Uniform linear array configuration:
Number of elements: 64
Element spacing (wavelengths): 0.75
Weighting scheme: exponential
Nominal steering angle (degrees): -30
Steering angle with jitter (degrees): -31.293
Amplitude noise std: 0.05
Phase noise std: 0.05

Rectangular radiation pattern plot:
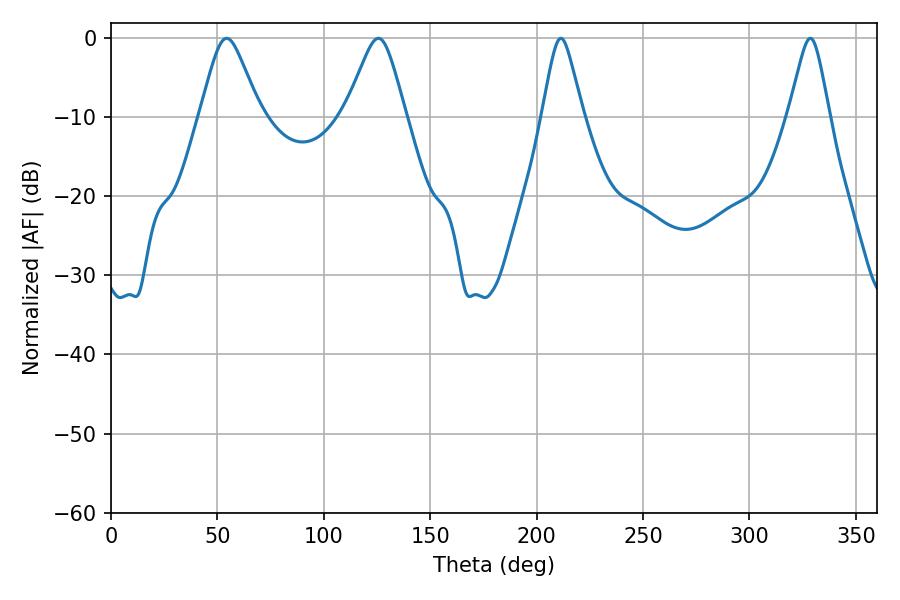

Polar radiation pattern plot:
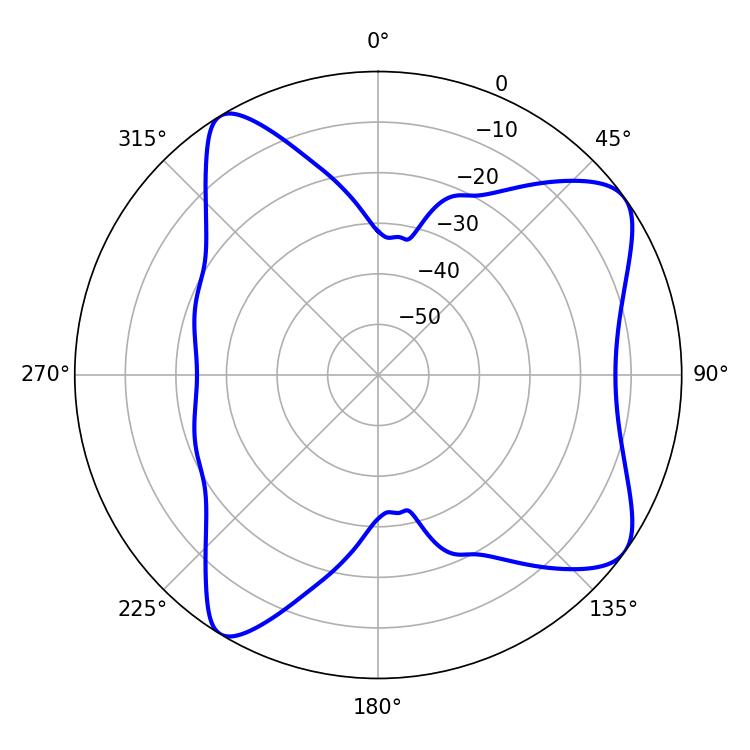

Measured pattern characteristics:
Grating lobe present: TRUE
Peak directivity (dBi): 8.542
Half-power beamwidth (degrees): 13.5
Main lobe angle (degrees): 125.64